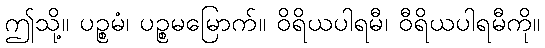
ဤသို့။ ပဉ္စမံ၊ ပဉ္စမမြောက်။ ဝိရိယပါရမီ၊ ဝီရိယပါရမီကို။